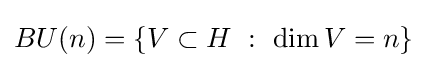
BU(n)=\{V\subset H\ :\ \dim V=n\}